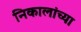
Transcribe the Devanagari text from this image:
निकालांच्या